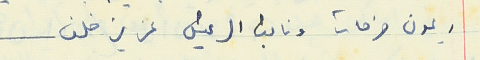
ريمون فرحات ونائب الرئيس عزيز خلف